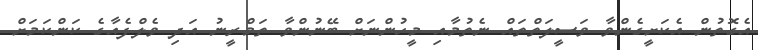
އެގޮތުން އެކަށީގެންވާ ވަސީލަތްތައް ނެތުމާއި މީހުންނަށް ބޭނުންވާ ތަމްރީނު އަދި ވެލްފެއާގެ ކަންކަމަށް